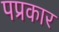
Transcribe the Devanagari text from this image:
पप्रकार